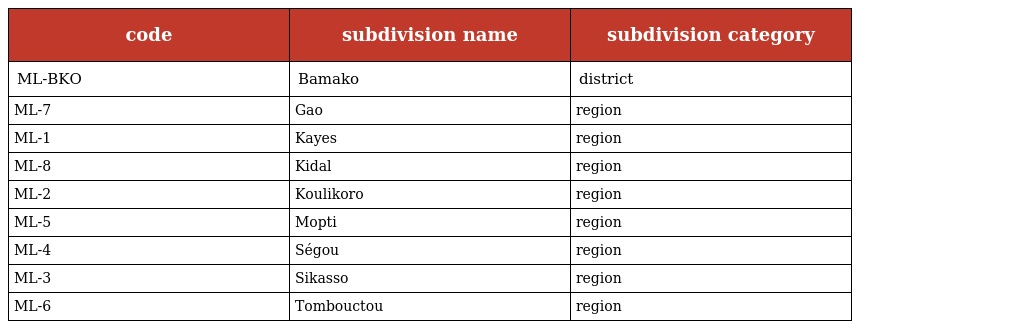
| code | subdivision name | subdivision category |
 | --- | --- | --- |
 | ML-BKO | Bamako | district |
 | ML-7 | Gao | region |
 | ML-1 | Kayes | region |
 | ML-8 | Kidal | region |
 | ML-2 | Koulikoro | region |
 | ML-5 | Mopti | region |
 | ML-4 | Ségou | region |
 | ML-3 | Sikasso | region |
 | ML-6 | Tombouctou | region |